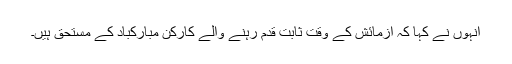
انہوں نے کہا کہ آزمائش کے وقت ثابت قدم رہنے والے کارکن مبارکباد کے مستحق ہیں۔